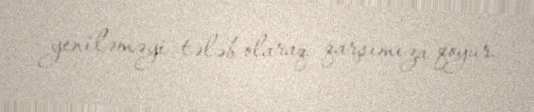
yeniləməyi tələb olaraq qarşımıza qoyur.